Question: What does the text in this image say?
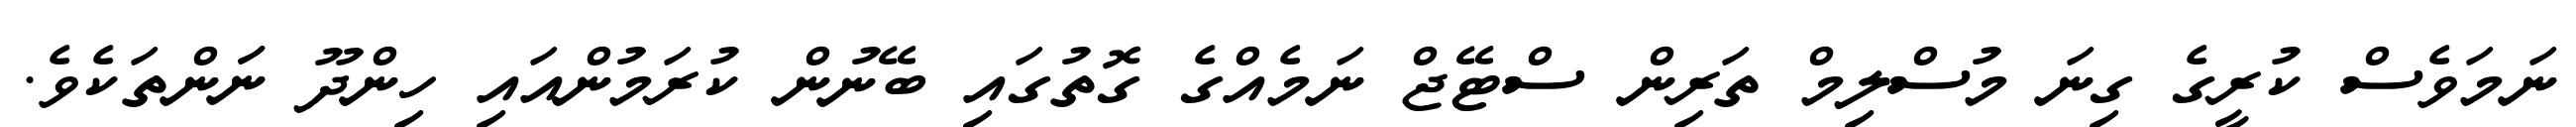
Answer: ނަމަވެސް ކުރީގެ ގިނަ މުސްލިމް ތަރިން ސްޓޭޖް ނަމެއްގެ ގޮތުގައި ބޭނުން ކުރަމުންއައި ހިންދޫ ނަަންތަކެވެ.